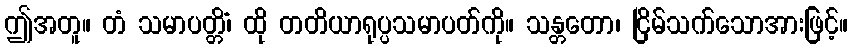
ဤအတူ။ တံ သမာပတ္တိံ၊ ထို တတိယာရုပ္ပသမာပတ်ကို။ သန္တတော၊ ငြိမ်သက်သောအားဖြင့်။